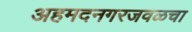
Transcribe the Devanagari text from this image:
अहमदनगरजवळचा